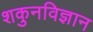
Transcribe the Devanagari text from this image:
शकुनविज्ञान